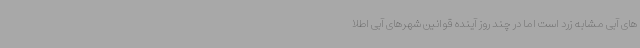
های آبی مشابه زرد است اما در چند روز آینده قوانین شهرهای آبی اطلا